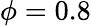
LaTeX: \phi=0.8